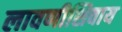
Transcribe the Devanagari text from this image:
लावणीशिवाय